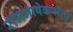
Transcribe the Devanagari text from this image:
राजभाषेकरीता